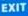
EXIT